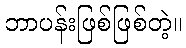
ဘာပန်းဖြစ်ဖြစ်တဲ့။